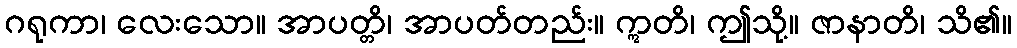
ဂရုကာ၊ လေးသော။ အာပတ္တိ၊ အာပတ်တည်း။ ဣတိ၊ ဤသို့။ ဇာနာတိ၊ သိ၏။